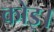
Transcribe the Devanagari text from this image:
कोइ।